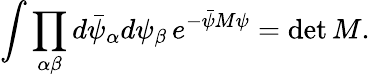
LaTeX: \int\prod_{\alpha\beta}d\bar{\psi}_{\alpha}d\psi_{\beta}\, e^{-\bar{\psi}M\psi}=\operatorname*{det}M.